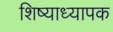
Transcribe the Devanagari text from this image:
शिष्याध्यापक